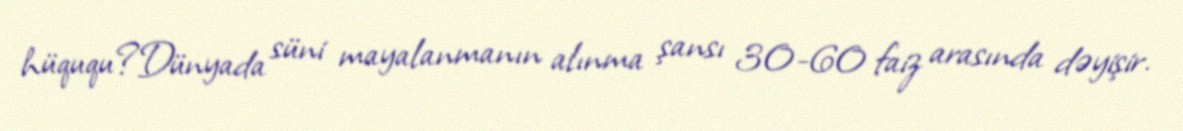
hüququ?Dünyada süni mayalanmanın alınma şansı 30-60 faiz arasında dəyişir.